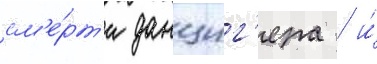
см'е́рт'и данциг'ера / и́